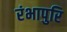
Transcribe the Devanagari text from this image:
रंभापुरि